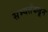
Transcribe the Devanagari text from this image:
सभ्यतेंकढून